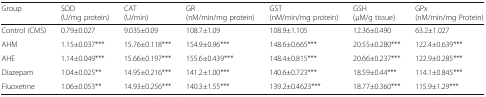
<table><thead><tr><td><b>Group</b></td><td><b>SOD(U/mg protein)</b></td><td><b>CAT(U/min)</b></td><td><b>GR(nM/min/mg protein)</b></td><td><b>GST(nM/min/mg protein)</b></td><td><b>GSH(μM/g tissue)</b></td><td><b>GPx(nM/min/mg Protein)</b></td></tr></thead><tbody><tr><td>Control (CMS)</td><td>0.79±0.027</td><td>9.035±0.09</td><td>108.7±1.09</td><td>108.9±1.105</td><td>12.36±0.490</td><td>63.2±1.027</td></tr><tr><td>AHM</td><td>1.15±0.037***</td><td>15.76±0.118***</td><td>154.9±0.96***</td><td>148.6±0.665***</td><td>20.55±0.280***</td><td>122.4±0.639***</td></tr><tr><td>AHE</td><td>1.14±0.049***</td><td>15.66±0.197***</td><td>155.6±0.439***</td><td>148.4±0.815***</td><td>20.66±0.237***</td><td>122.9±0.285***</td></tr><tr><td>Diazepam</td><td>1.04±0.025**</td><td>14.95±0.216***</td><td>141.2±1.00***</td><td>140.6±0.723***</td><td>18.59±0.44***</td><td>114.1±0.845***</td></tr><tr><td>Fluoxetine</td><td>1.06±0.053**</td><td>14.93±0.256***</td><td>140.3±1.55***</td><td>139.2±0.4623***</td><td>18.77±0.360***</td><td>115.9±1.29***</td></tr></tbody></table>